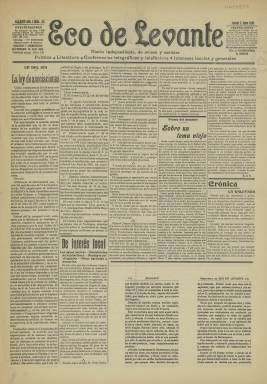
Título: Eco de Levante (Alicante)
Colección: Periódicos
Ámbito geográfico: Alicante
Lugar de publicación: Alicante
Fechas: 02/06/1910-02/06/1910